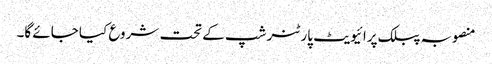
منصوبہ پبلک پرائیویٹ پارٹنر شپ کے تحت شروع کیا جائے گا۔